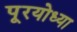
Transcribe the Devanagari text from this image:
पूरयोध्या